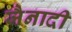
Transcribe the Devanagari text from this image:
जैनादी